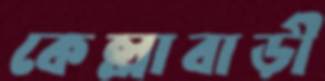
কেল্লাবাড়ী